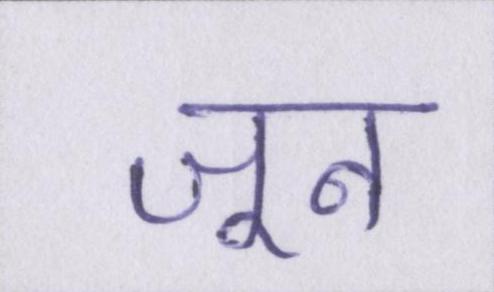
जून